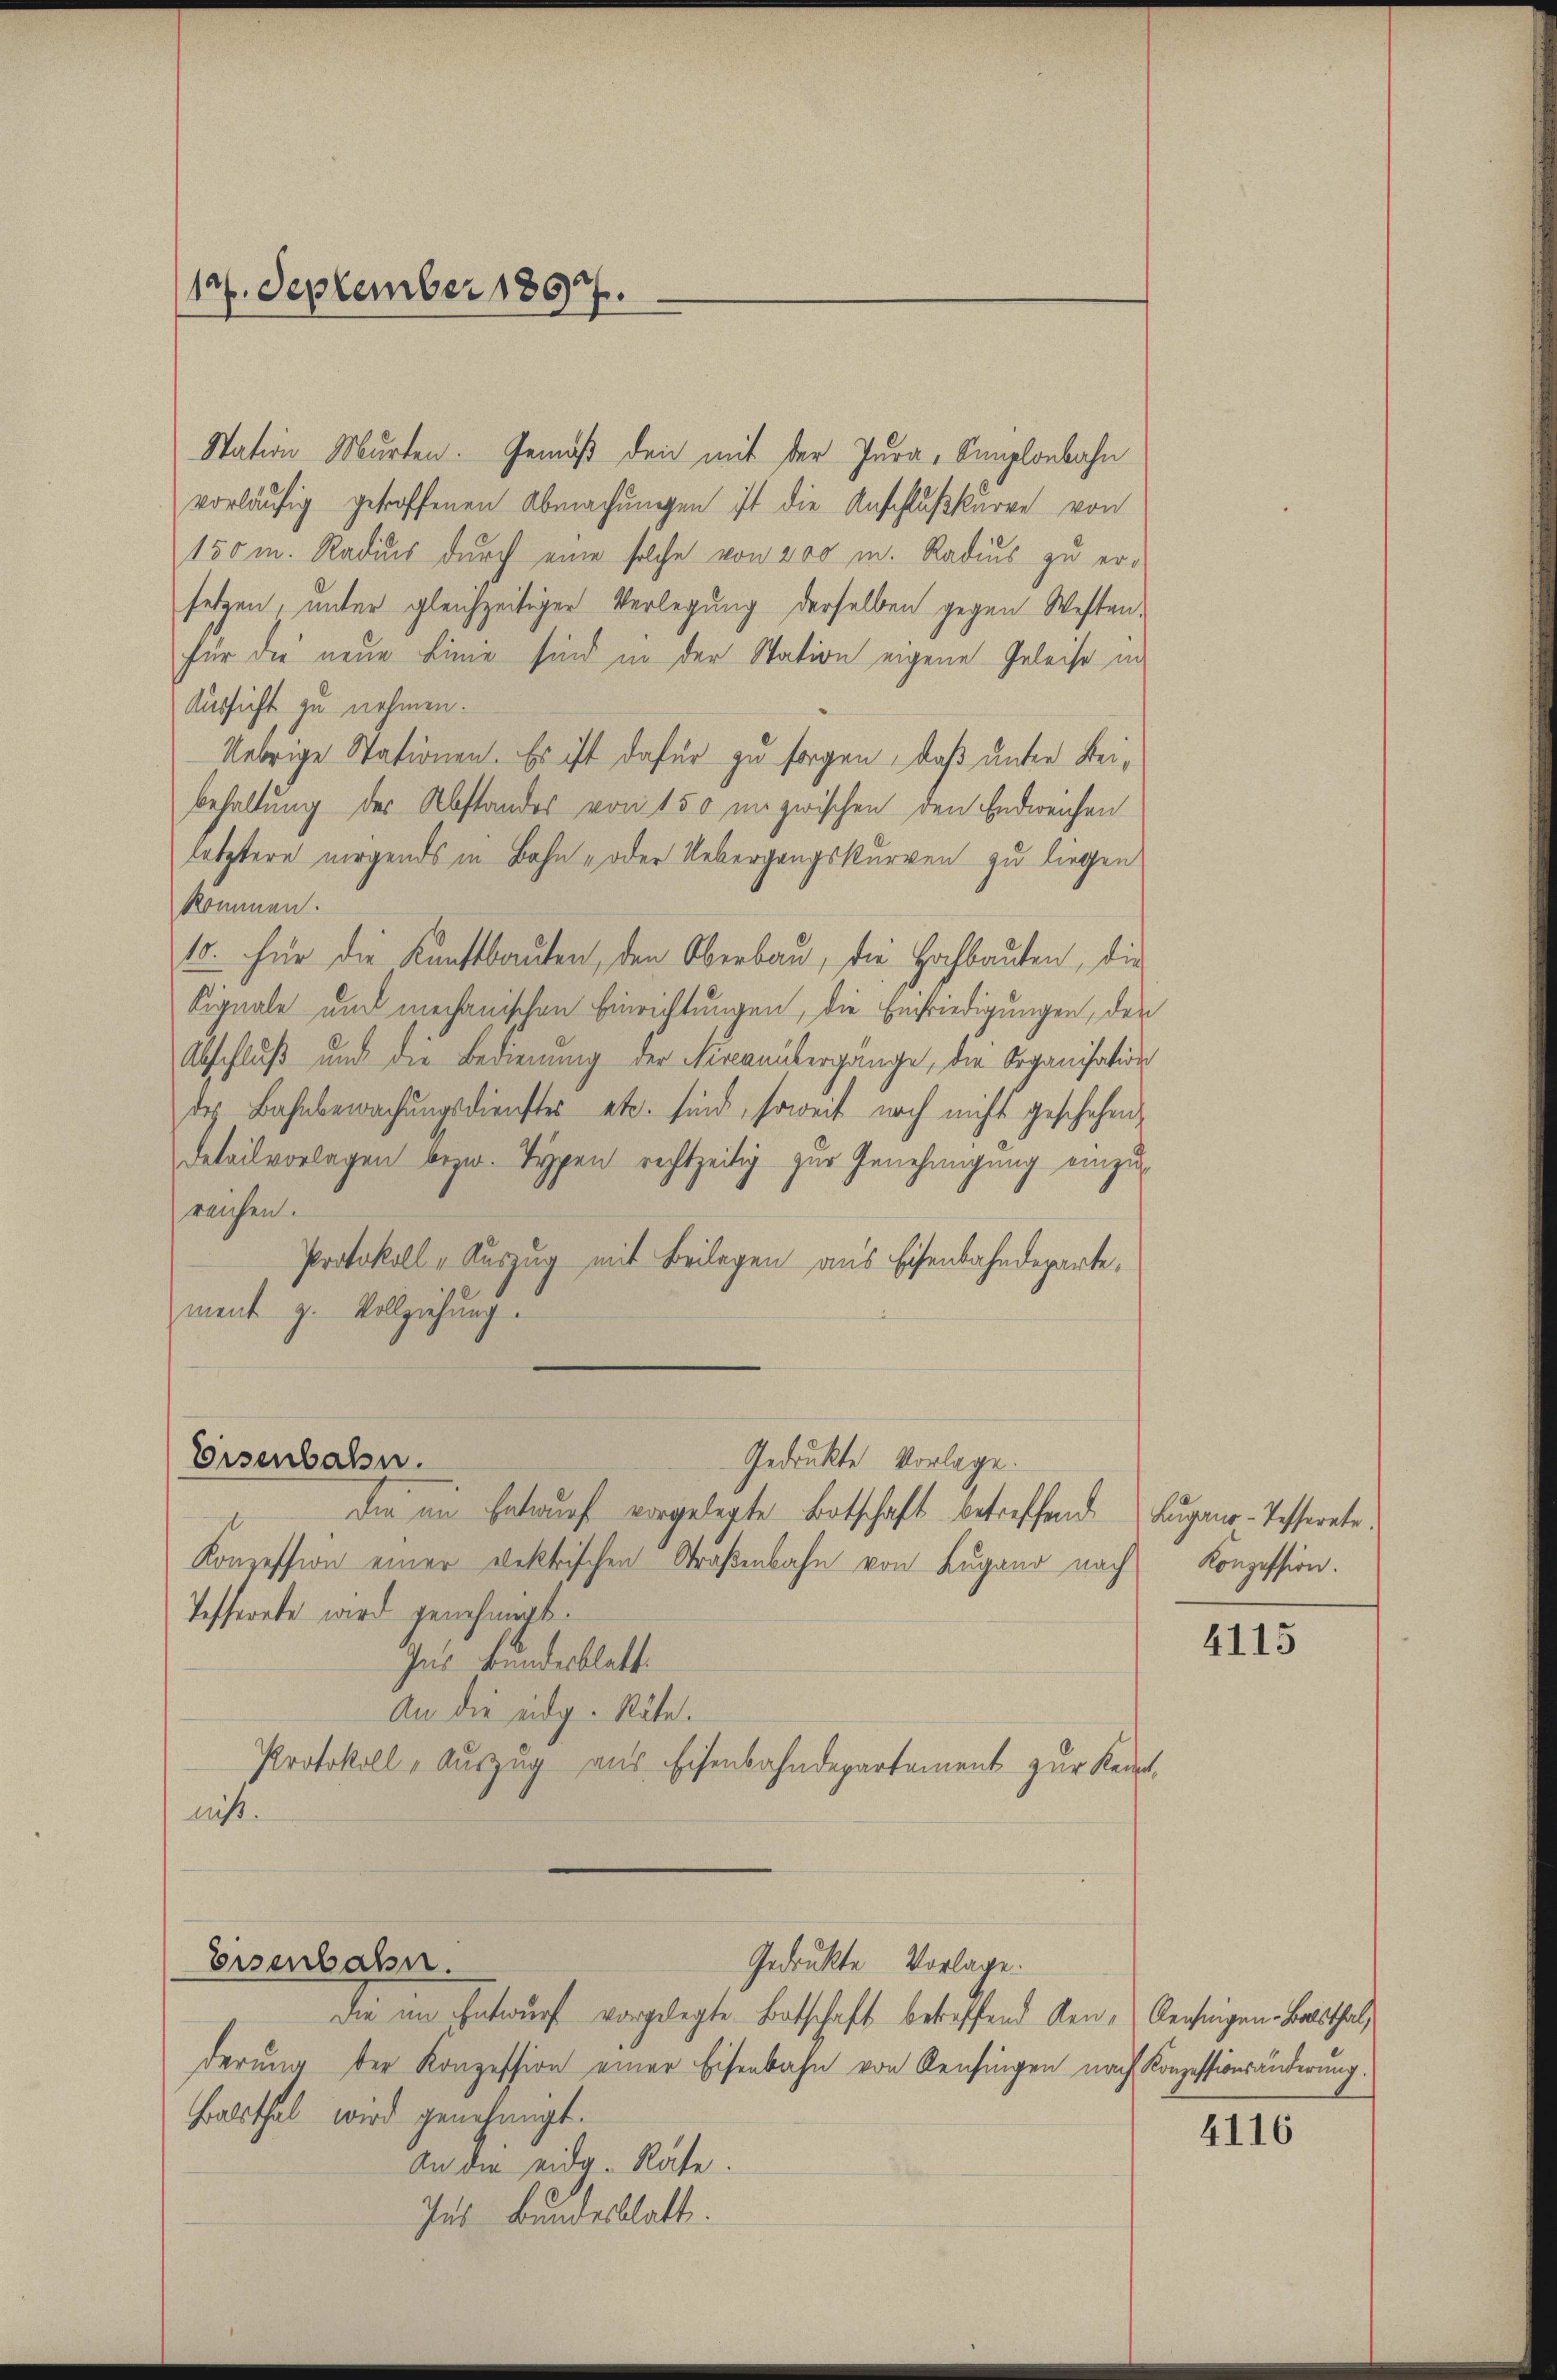
(127. September 1897.

Aussicht zu nehmen.
kommen.
reichen.
ment z. Vollziehung.

Eisenbahn.

Station Murten. Gemäß den mit der Jura, Simplonbahn
vorläufig getroffenen Abmachungen ist die Anschlußkurre von
150m. Radius durch eine solche von 200 m. Radius zu er-
setzen, unter gleichzeitiger Verlegung derselben gegen Westenfür die neue Linie sind in der Station eigene Geleise in
Uebrige Stationen. Es ist dafür zu sorgen, daß unter Beibehaltung der Abstandes von 150 unzwischen den Endweichen
letztere nirgends in Bahn- oder Uebergangskurven zu liegen
10. Für die Kunstbauten, den Oberbau, die Hochbauten, die
Eignale und mechanischen Einrichtungen, die Einfriedigungen, den
Abschluß und die Bedienung der Fircanübergänge, die Organisation
des Bahnbewachŭngsdienstes etc. sind, soweit noch nicht geschehen,
Detailvorlagen bezw. Typen rechtzeitig zur Genehmigung einzu¬
Protokoll - Auszug mit Beilegen aus Eisenbahndeparte,

Konzession einer Doktrischen Straßenbahn von Lugano nach Konzession.
Tesserete wird genehmigt.
Ins Bundesblatt
An die eidg. Räte.
Protokoll - Auszug aus Eisenbahndepartement zur Reint,
niß.

Gedruckte Vorlage.
Die am Entwurf vorgelegte Botschaft betreffend Lugano-Tesserete¬

Eisenbahn.
Gedruckte Vorlage.

die im Entwurf vorgelegte Botschaft betreffend den Rechnigen-Balsthal,
derung der Konzession einer Eisenbahn von Reisingen nach Konzessionsänderung.
Balsthal wird genehmigt.
An die eidg. Räte.
Ins Bundesblatt.

4115

4116